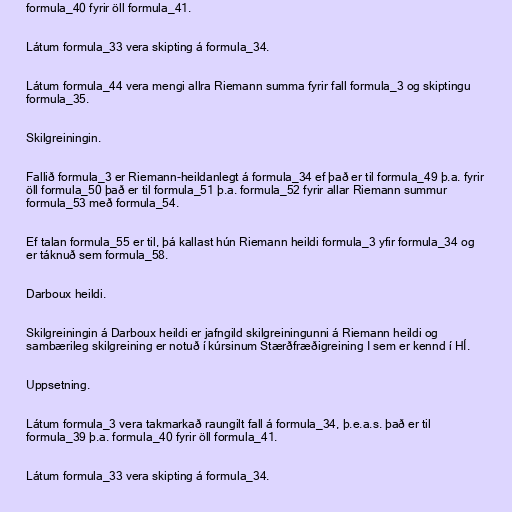
formula_40 fyrir öll formula_41.

Látum formula_33 vera skipting á formula_34.

Látum formula_44 vera mengi allra Riemann summa fyrir fall formula_3 og skiptingu
formula_35.

Skilgreiningin.

Fallið formula_3 er Riemann-heildanlegt á formula_34 ef það er til formula_49 þ.a. fyrir
öll formula_50 það er til formula_51 þ.a. formula_52 fyrir allar Riemann summur
formula_53 með formula_54.

Ef talan formula_55 er til, þá kallast hún Riemann heildi formula_3 yfir formula_34 og
er táknuð sem formula_58.

Darboux heildi.

Skilgreiningin á Darboux heildi er jafngild skilgreiningunni á Riemann heildi og
sambærileg skilgreining er notuð í kúrsinum Stærðfræðigreining I sem er kennd í HÍ.

Uppsetning.

Látum formula_3 vera takmarkað raungilt fall á formula_34, þ.e.a.s. það er til
formula_39 þ.a. formula_40 fyrir öll formula_41.

Látum formula_33 vera skipting á formula_34.